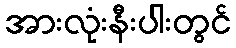
အားလုံးနီးပါးတွင်